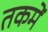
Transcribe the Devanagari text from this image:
तकमें